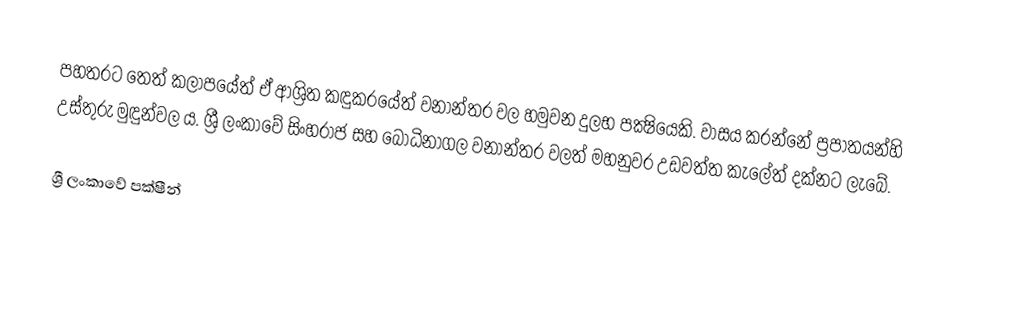
පහතරට තෙත් කලාපයේත් ඒ ආශ්‍රිත කඳුකරයේත් වනාන්තර වල හමුවන දුලභ පක්‍ෂියෙකි. වාසය කරන්නේ ප්‍රපාතයන්හි උස්තුරු මුඳුන්වල ය. ශ්‍රී ලංකාවේ සිංහරාජ සහ  බෝධිනාගල වනාන්තර වලත් මහනුවර උඩවත්ත කැලේත් දක්නට ලැබේ.

ශ්‍රී ලංකා‍වේ පක්ෂීන්